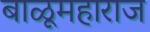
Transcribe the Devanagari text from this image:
बाळूमहाराज